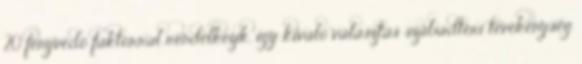
20 fényvédő faktorral rendelkezik, így kiváló választás szabadtéri tevékenység